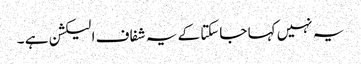
یہ نہیں کہا جاسکتا کے یہ شفاف الیکشن ہے ۔